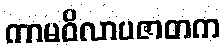
ကာမဝိလာပဇာတက